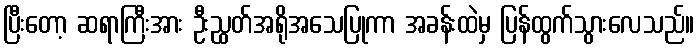
ပြီးတော့ ဆရာကြီးအား ဦးညွှတ်အရိုအသေပြုကာ အခန်းထဲမှ ပြန်ထွက်သွားလေသည်။